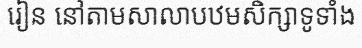
រៀន នៅតាមសាលាបឋមសិក្សាទូទាំង